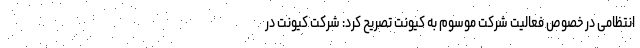
انتظامی در خصوص فعالیت شرکت موسوم به کیونت تصریح کرد: شرکت کیونت در